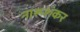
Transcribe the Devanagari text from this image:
नारूशंकर